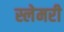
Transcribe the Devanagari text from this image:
स्लेमरी